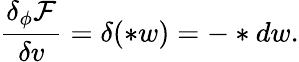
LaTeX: \frac{\delta_{\phi}\mathcal{F}}{\delta v}=\delta(\ast w)=-\ast dw.